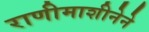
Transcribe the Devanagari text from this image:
राणीमाशीनेने